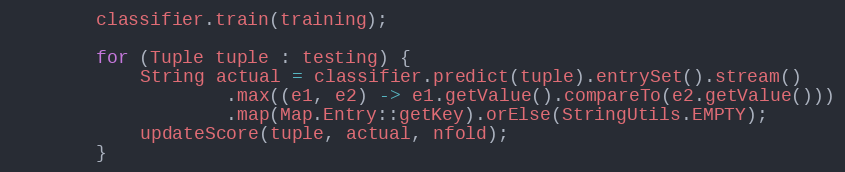
Language: Java
        classifier.train(training);

        for (Tuple tuple : testing) {
            String actual = classifier.predict(tuple).entrySet().stream()
                    .max((e1, e2) -> e1.getValue().compareTo(e2.getValue()))
                    .map(Map.Entry::getKey).orElse(StringUtils.EMPTY);
            updateScore(tuple, actual, nfold);
        }